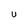
Character: u